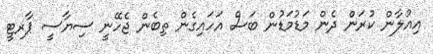
އިއުލާން ކުރަން ދެން މަޑުމަޑުން ބަސް އަހައިގެން ތިބެން ޖެހޭނީ ސިޔާސީ ޕާރޓީ